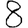
Digit: 8